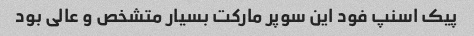
پیک اسنپ فود این سوپر مارکت بسیار متشخص و عالی بود